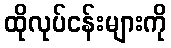
ထိုလုပ်ငန်းများကို